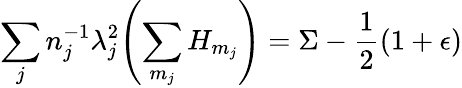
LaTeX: \sum_{j}n_{j}^{-1}\lambda_{j}^{2}\Biggl(\sum_{m_{j}}H_{m_{j}}\Biggr)=\Sigma-\frac{1}{2}(1+\epsilon)